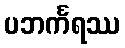
ပဘင်္ကရဿ